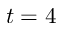
t = 4